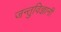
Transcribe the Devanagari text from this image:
जन्तुविज्ञानी